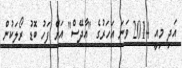
އަދި މިއީ 2014 ވަނަ އަހަރުގެ "އާދޭސް" އަށް ފަހު ބޮޑު ރޯލަކުން